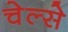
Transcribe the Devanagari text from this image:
चेल्से